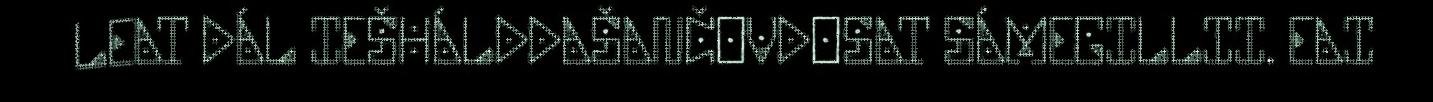
LEAT DÁL IEŠHÁLDDAŠANČOVDOSAT SÁMEGILLII. EAI